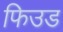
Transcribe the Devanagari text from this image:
फिउड